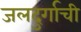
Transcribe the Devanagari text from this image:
जलदुर्गाची